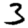
Digit: 3